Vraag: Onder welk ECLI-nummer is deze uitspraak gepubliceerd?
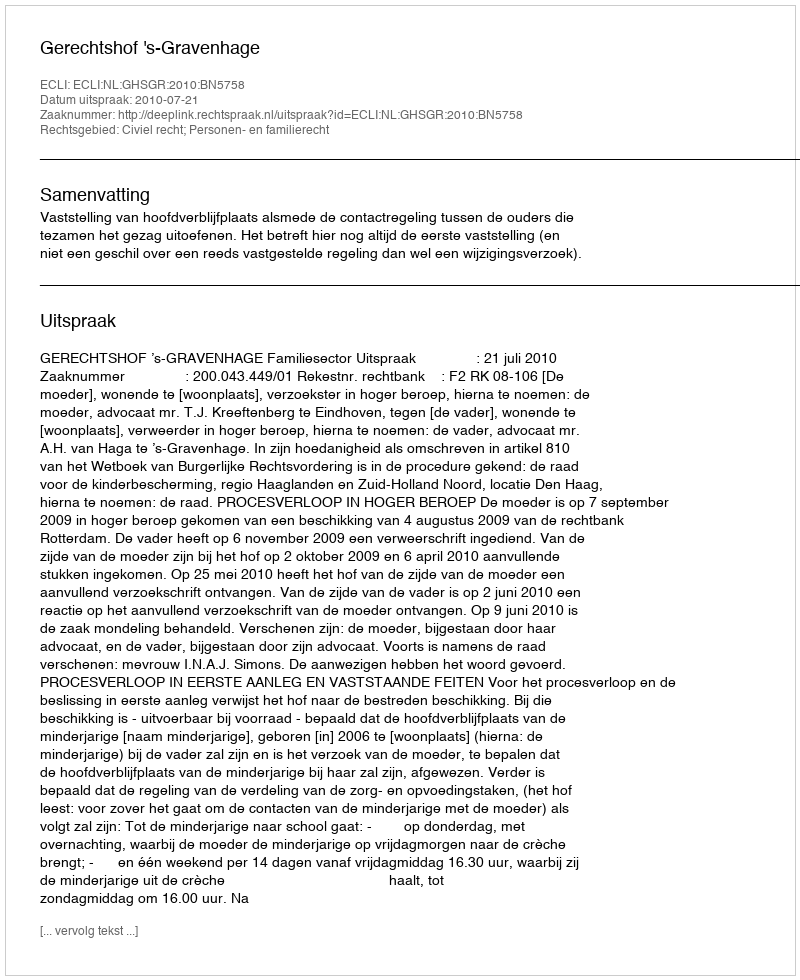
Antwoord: ECLI:NL:GHSGR:2010:BN5758